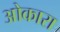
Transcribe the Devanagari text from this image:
ओकारा